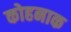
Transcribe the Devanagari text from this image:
कोहनाक